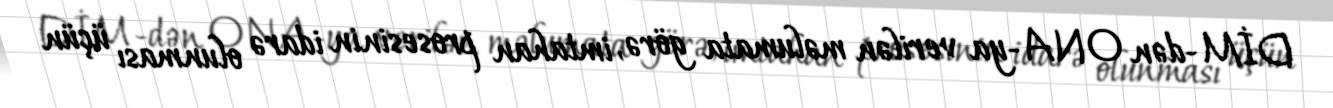
DİM-dən ONA-ya verilən məlumata görə, imtahan prosesinin idarə olunması üçün